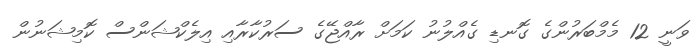
ވަނީ 12 މެމްބަރުންގެ ގޮނޑި ގެއްލުނު ކަމަށް ރާއްޖޭގެ ސަރުކާރާއި އިލެކްޝަންސް ކޮމިޝަނުން